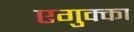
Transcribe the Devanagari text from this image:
एगुक्का